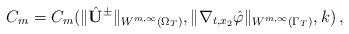
LaTeX: \begin{align*}C_m=C_m(\Vert\hat{\mathbf U}^\pm\Vert_{W^{m,\infty}(\Omega_T)},\Vert\nabla_{t,x_2}\hat\varphi\Vert_{W^{m,\infty}(\Gamma_T)},k)\,,\end{align*}